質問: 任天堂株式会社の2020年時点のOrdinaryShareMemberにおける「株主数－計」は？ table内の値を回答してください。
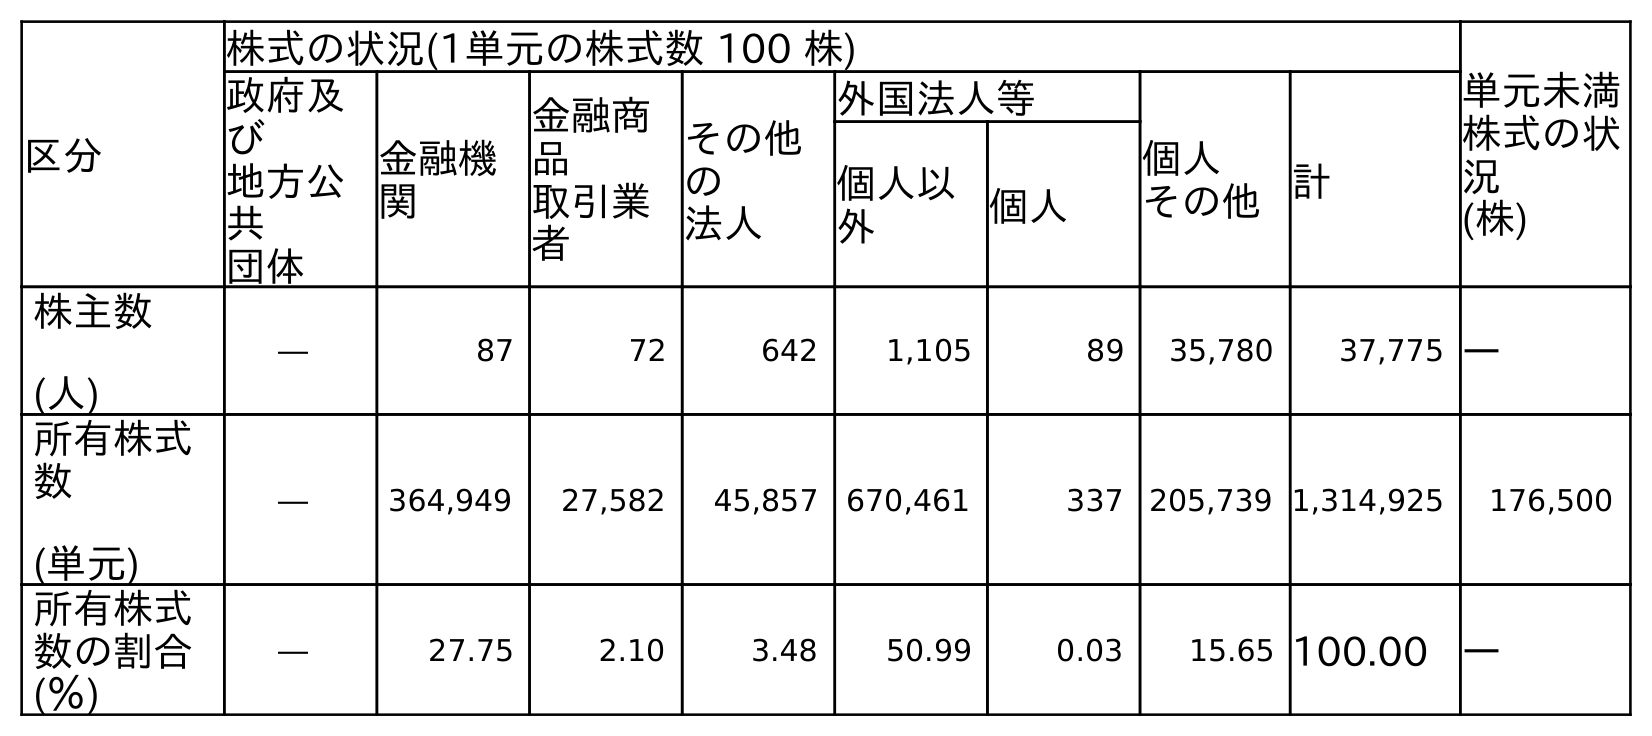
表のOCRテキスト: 区分 株式の状況(1単元の株式数 100 株) 単元未満 株式の状 況 (株) 政府及 び 地方公 共 団体 金融機 関 金融商 品 取引業 者 その他 の 法人 外国法人等 個人 その他計 個人以 外 個人 株主数 (人) ― 87 72 642 1,105 89 35,780 37,775 ― 所有株式 数 (単元) ― 364,949 27,582 45,857 670,461 337 205,739 1,314,925 176,500 所有株式 数の割合 (％) ― 27.75 2.10 3.48 50.99 0.03 15.65 100.00 ―
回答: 37,775